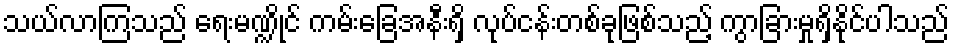
သယ်လာကြသည် ရေးမဏ္ဍိုင် ကမ်းခြေအနီးရှိ လုပ်ငန်းတစ်ခုဖြစ်သည့် ကွာခြားမှုရှိနိုင်ပါသည်